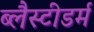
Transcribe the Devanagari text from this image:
ब्लैस्टीडर्म